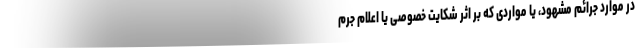
در موارد جرائم مشهود، یا مواردی که بر اثر شکایت خصوصی یا اعلام جرم